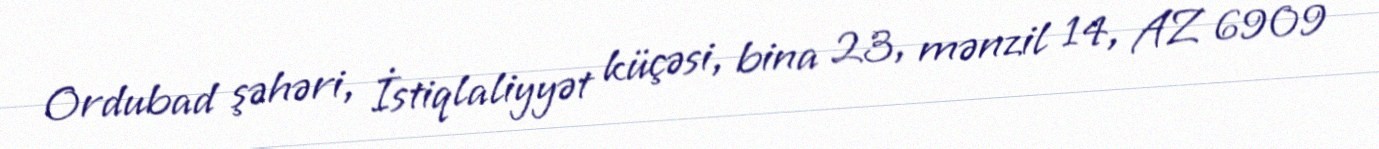
Ordubad şəhəri, İstiqlaliyyət küçəsi, bina 23, mənzil 14, AZ 6909